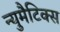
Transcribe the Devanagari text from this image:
न्युमैटिक्स